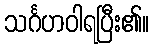
သင်္ဂဟဝါရပြီး၏။